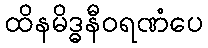
ထိနမိဒ္ဓနီဝရဏံပေ